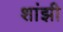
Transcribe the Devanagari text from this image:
शांझी